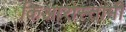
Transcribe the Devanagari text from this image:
किआरोस्तामी